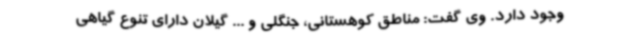
وجود دارد. وی گفت: مناطق کوهستانی، جنگلی و ... گیلان دارای تنوع گیاهی